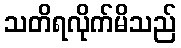
သတိရလိုက်မိသည်